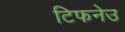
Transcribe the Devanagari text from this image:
टिफनेउ